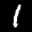
Label: 1